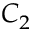
C _ { 2 }